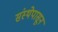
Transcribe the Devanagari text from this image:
संस्थेपासून